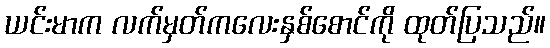
ယင်းမာက လက်မှတ်ကလေးနှစ်စောင်ကို ထုတ်ပြသည်။